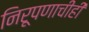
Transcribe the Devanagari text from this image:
निरूपणाचीही